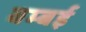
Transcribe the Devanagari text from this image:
बम्‍बई